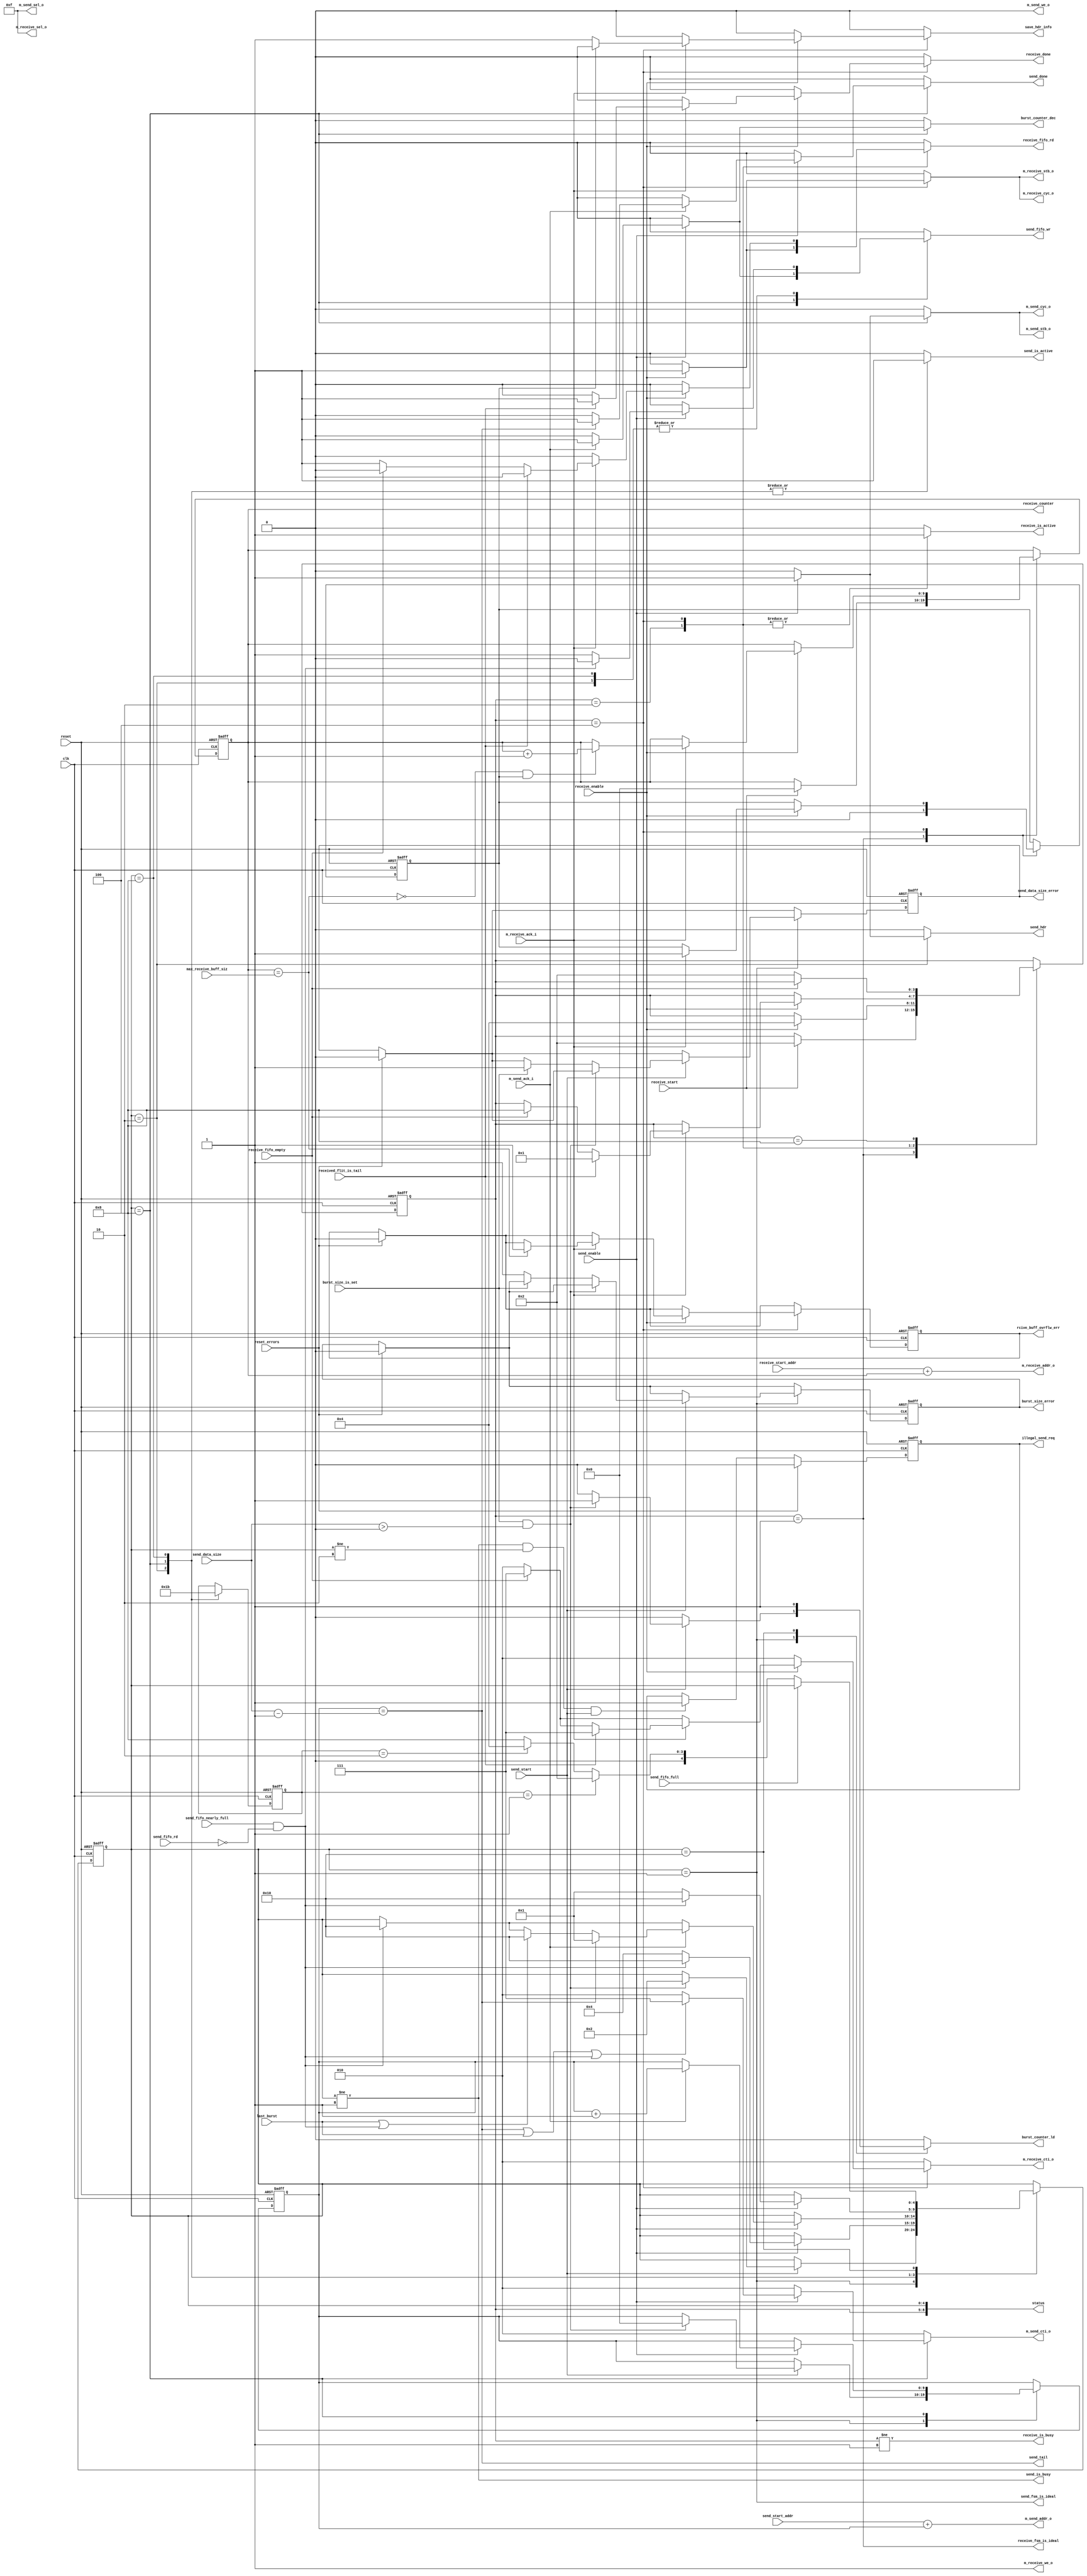

/**********************************************************************
**    
**	Copyright (C) 2014-2017  Alireza Monemi
**    
**	This file is part of ProNoC 
**
**	ProNoC ( stands for Prototype Network-on-chip)  is free software: 
**	you can redistribute it and/or modify it under the terms of the GNU
**	Lesser General Public License as published by the Free Software Foundation,
**	either version 2 of the License, or (at your option) any later version.
**
** 	ProNoC is distributed in the hope that it will be useful, but WITHOUT
** 	ANY WARRANTY; without even the implied warranty of MERCHANTABILITY
** 	or FITNESS FOR A PARTICULAR PURPOSE.  See the GNU Lesser General
** 	Public License for more details.
**
** 	You should have received a copy of the GNU Lesser General Public
** 	License along with ProNoC. If not, see <http:**www.gnu.org/licenses/>.
**
**
**	Description: 
**	NI send-/receive-DMA
**	
**
*******************************************************************/


// synthesis translate_off
`timescale 1ns / 1ps
// synthesis translate_on

 
 
module ni_vc_dma #(
   
    parameter MAX_TRANSACTION_WIDTH=10, // MAximum transaction size will be 2 power of MAX_DMA_TRANSACTION_WIDTH words 
    parameter CRC_EN= "NO",// "YES","NO" if CRC is enable then the CRC32 of all packet data is calculated and sent via tail flit. 
    
    //wishbone port parameters
    parameter Dw            =   32,
    parameter M_Aw          =   32,
    parameter TAGw          =   3,
    parameter SELw          =   4


)
(
     // 
    reset,
    clk,
    
    //ctrl signals
    send_enable,
    receive_enable,
    send_is_busy,
    receive_is_busy,
    send_is_active,
    receive_is_active,
    last_burst,
    send_hdr,
    send_tail,
    status,
    save_hdr_info,
    send_done,
    receive_done,    
    
  
    send_fsm_is_ideal,
    receive_fsm_is_ideal,
    received_flit_is_tail,
    send_start_addr, 
    receive_start_addr,
    
    send_data_size,
    max_receive_buff_siz,
    send_start, 
    receive_start,
    receive_counter,
    
    
    //fifo signals
        
    send_fifo_wr, 
    send_fifo_full,
    send_fifo_nearly_full,
    send_fifo_rd,    
    receive_fifo_rd,  
    receive_fifo_empty,
    
    //busrdt counter control signals
    burst_counter_ld,
    burst_counter_dec,
    burst_size_is_set,
    
    //errors
    reset_errors,
    burst_size_error,
    send_data_size_error,
    rcive_buff_ovrflw_err, 
    illegal_send_req,
   
    //wishbone master rd interface signals
    m_send_sel_o,
    m_send_addr_o,
    m_send_cti_o,
    m_send_stb_o,
    m_send_cyc_o,
    m_send_we_o,
  //  m_send_dat_i,
    m_send_ack_i,    


     //wishbone master wr interface signals
     
    m_receive_sel_o,
   // m_receive_dat_o,
    m_receive_addr_o,
    m_receive_cti_o,
    m_receive_stb_o,
    m_receive_cyc_o,
    m_receive_we_o,
    m_receive_ack_i  
     
  
    

);


           
        
    //state machine registers/parameters
    localparam
        SEND_ST_NUM=5,
        RECEIVE_ST_NUM=4;
    localparam [SEND_ST_NUM-1 :   0]
        SEND_IDEAL = 1,
        SEND_HDR=2,
        SEND_BODY =4,
        SEND_CRC=8,
        SEND_WAIT=16;    
        
        
    localparam [RECEIVE_ST_NUM-1:0]
        RECEIVE_IDEAL = 1,
        RECEIVE_READ_FIFO=2,
        RECEIVE_ACTIVE =4,
        RECEIVE_RELEASE_WB=8;  
    
    localparam [2 : 0]
        CLASSIC = 3'b000,
        CONST_ADDR_BURST = 3'b010,
        INCREMENT_BURST = 3'b011,
        END_OF_BURST = 3'b111;
        
        
      //control Registers/ parameters 
    
   

    localparam STATUSw=SEND_ST_NUM+RECEIVE_ST_NUM;
   
    output  [STATUSw-1  :0] status;  


    input reset,clk,send_enable,receive_enable;
    output  send_is_busy, receive_is_busy;
    output reg burst_counter_ld,    burst_counter_dec;
    input burst_size_is_set;
    input last_burst;
    output reg  send_hdr;
    output reg  send_done,receive_done;    
    
    output send_tail;
    output reg send_is_active, receive_is_active;
    input received_flit_is_tail;
    output reg  [MAX_TRANSACTION_WIDTH-1    :   0] receive_counter;
    output reg save_hdr_info;
   
    output send_fsm_is_ideal,receive_fsm_is_ideal;
    input  [Dw-1   :   0] send_start_addr; 
    input  [Dw-1   :   0] receive_start_addr;
    
    input  [MAX_TRANSACTION_WIDTH-1    :   0] send_data_size;
    input  [MAX_TRANSACTION_WIDTH-1    :   0] max_receive_buff_siz;
    input  send_start, receive_start;
    
    //fifo
    output reg  send_fifo_wr, receive_fifo_rd;
    input       send_fifo_full, send_fifo_nearly_full,send_fifo_rd, receive_fifo_empty;
    
   //errors 
    input reset_errors;
    output reg burst_size_error;
    output reg send_data_size_error;
    output reg rcive_buff_ovrflw_err; 
    output reg illegal_send_req;
  
    
    //wishbone read master interface signals
    output  [SELw-1          :   0] m_send_sel_o;
    output  [M_Aw-1          :   0] m_send_addr_o;
    output reg [TAGw-1       :   0] m_send_cti_o;
    output                          m_send_stb_o;
    output   reg                    m_send_cyc_o;
    output                          m_send_we_o;
   // input   [Dw-1           :  0]   m_send_dat_i;
    input                           m_send_ack_i;    
     
     //wishbone write master interface signals
    output  [SELw-1          :   0] m_receive_sel_o;
  //  output  [Dw-1            :   0] m_receive_dat_o;
    output  [M_Aw-1          :   0] m_receive_addr_o;
    output  reg [TAGw-1      :   0] m_receive_cti_o;
    output                          m_receive_stb_o;
    output  reg                     m_receive_cyc_o;
    output                          m_receive_we_o;
    input                           m_receive_ack_i;   
    
    
    reg [MAX_TRANSACTION_WIDTH-1    :   0] send_counter, send_counter_next;
    reg [MAX_TRANSACTION_WIDTH-1    :   0] receive_counter_next;
  
    reg burst_size_error_next, send_data_size_error_next;
    reg rcive_buff_ovrflw_err_next,  illegal_send_req_next;
       
        
    
    wire last_data = (send_counter == send_data_size-1'b1);
   
    wire receive_overflow= (receive_counter == max_receive_buff_siz);    
    
    reg [SEND_ST_NUM-1    :0] send_ps,send_ns; // read  peresent state, read next sate 
    reg [RECEIVE_ST_NUM-1    :0] receive_ps,receive_ns; // read  peresent state, read next sate
    
    //reg receive_is_busy_next, send_is_busy_next;
   
   
    assign status= {receive_ps,send_ps};
   // assign s_dat_o={{(Dw-STATUSw){1'b0}}, status};
   
    reg  send_crc; 
    
    /* verilator lint_off WIDTH */ 
    assign send_tail =  ( CRC_EN == "NO") ?  last_data : send_crc; 
    /* verilator lint_on WIDTH */  
    
    
    assign send_fsm_is_ideal = (send_ps== SEND_IDEAL);
    assign receive_fsm_is_ideal = (receive_ps== RECEIVE_IDEAL);
    /* verilator lint_off WIDTH */ 
    assign m_send_addr_o =  send_start_addr  + send_counter;
    assign m_receive_addr_o =  receive_start_addr  + receive_counter;
     /* verilator lint_on WIDTH */  
    assign m_send_stb_o =  m_send_cyc_o;
    assign m_receive_stb_o =  m_receive_cyc_o;
    assign m_receive_we_o = 1'b1;
    assign m_send_we_o = 1'b0;
    assign m_receive_sel_o = 4'b1111;
    assign m_send_sel_o = 4'b1111;
    
 
    reg [1:0] active_st,active_st_next;
     //send state machine
    always @ (*) begin 
        // default values 
        send_ns = send_ps;
        send_counter_next=send_counter;
        burst_counter_ld=1'b0;
        burst_counter_dec=1'b0;
        m_send_cti_o =  CONST_ADDR_BURST;
        m_send_cyc_o=1'b0;
        send_fifo_wr=1'b0;
        send_done = 1'b0;
        send_is_active =1'b0;
        send_hdr = 1'b0;
        send_crc = 1'b0; 
        active_st_next = active_st;
        burst_size_error_next=burst_size_error;
        send_data_size_error_next=send_data_size_error;
        illegal_send_req_next = illegal_send_req;
        // the send req must be asserted only when the Ni_send_DMA(v) is in ideal status  
        if( (send_ps != SEND_IDEAL && send_ps != SEND_HDR) & send_start) illegal_send_req_next=1'b1; 
        
        if(reset_errors) begin 
            burst_size_error_next=1'b0;
            send_data_size_error_next=1'b0;
            illegal_send_req_next=1'b0;        
        end
        case(send_ps)
            SEND_IDEAL: begin 
                if(send_start) begin 
                    if (burst_size_is_set && (send_data_size>0)) begin 
                        send_counter_next= {MAX_TRANSACTION_WIDTH{1'b0}};
                        burst_counter_ld=1'b1;
                        send_ns = SEND_HDR;
                    end else begin // set error reg
                        if(!burst_size_is_set) burst_size_error_next=1'b1;
                        else send_data_size_error_next=1'b1; 
                    end
                end
            end // SEND_IDEAL
            SEND_HDR: begin 
                    active_st_next =2'd1;
                    send_is_active =1'b1; // this signal sends request to the send_arbiter, the granted signal is send_enable
                    if(send_enable) begin 
                        send_hdr = 1'b1;                                             
                        if(send_fifo_nearly_full & !send_fifo_rd)  begin
                            send_ns =  SEND_WAIT; 
                        end else begin 
                            send_fifo_wr=1'b1;
                            send_ns =  SEND_BODY;                                                     
                        end
                    end
                         
            end // SEND_ACTIVE
            
            
            
               
            SEND_BODY: begin 
                    active_st_next =2'd2;
                    send_is_active =1'b1; // this signal sends request to the send_arbiter, the granted signal is send_enable
                    if(send_enable) begin 
                        m_send_cyc_o=1'b1; 
                        
                        if(last_data |  last_burst | (send_fifo_nearly_full & !send_fifo_rd))  m_send_cti_o= END_OF_BURST;  
                        if(send_fifo_nearly_full & !send_fifo_rd)  send_ns =  SEND_WAIT;
                               
                                
                        if (m_send_ack_i) begin 
                                send_fifo_wr=1'b1;
                                send_counter_next=send_counter +1'b1;
                                burst_counter_dec=1'b1;
                                                                    
                                if(last_data) begin 
                                    send_ns = ( CRC_EN == "NO") ? SEND_IDEAL : SEND_CRC;
                                  send_done = 1'b1;
                                  
                                end else if (last_burst | (send_fifo_nearly_full & !send_fifo_rd)) begin 
                                  send_ns = SEND_WAIT;
                                 
                                end 
                        end 
                    end
                         
            end // SEND_BODY
            
          SEND_CRC: begin 
                    active_st_next =2'd3;
                    send_is_active =1'b1; // this signal sends request to the send_arbiter, the granted signal is send_enable
                    if(send_enable) begin 
                        send_crc = 1'b1;                                             
                        if(send_fifo_nearly_full & !send_fifo_rd)  begin
                                send_ns =  SEND_WAIT;  
                        end else begin 
                                send_fifo_wr=1'b1;
                                send_ns =  SEND_IDEAL;
                                                      
                        end
                    end
                         
            end // SEND_ACTIVE
            
            
            
            
            
             SEND_WAIT: begin 
                    //burst_counter_next = burst_size;
                     
                burst_counter_ld=1'b1;
                if(!send_fifo_full) begin 
                        send_ns = ( active_st ==2'd1) ? SEND_HDR :
                                  ( active_st ==2'd2) ? SEND_BODY : SEND_CRC;
                end
                
            end //SEND_RELEASE_WB
            default: begin
                    
                    
            end
       endcase      
    end//alays
    
    
 
            
           
       
    
 
    reg hdr_flit_is_received,hdr_flit_is_received_next;
 
 //receive state machine    
    always @ (*) begin 
        // default values 
        receive_ns = receive_ps;
        receive_counter_next=receive_counter;
        m_receive_cyc_o=1'b0;
        m_receive_cti_o= CONST_ADDR_BURST;
        receive_fifo_rd=1'b0;
        receive_done=1'b0;
        receive_is_active =1'b0;
        hdr_flit_is_received_next=hdr_flit_is_received;
        save_hdr_info=1'b0;
        rcive_buff_ovrflw_err_next =  rcive_buff_ovrflw_err;
        if(reset_errors) rcive_buff_ovrflw_err_next=1'b0;
            case(receive_ps)
                RECEIVE_IDEAL: begin 
                    
                    hdr_flit_is_received_next =1'b0;                
                    if(receive_start )begin 
                        receive_counter_next = {MAX_TRANSACTION_WIDTH{1'b0}};  
                        receive_ns = RECEIVE_READ_FIFO;                         
                    end 
                    
                end // RECEIVE_IDEAL
                RECEIVE_READ_FIFO: begin 
                     receive_is_active =1'b1; // this signal sends request to the receive_arbiter, the granted signal is receive_enable
                     if(receive_enable) begin 
                          receive_ns = RECEIVE_ACTIVE; 
                          receive_fifo_rd=1'b1;
                    end
                end
                
                
                RECEIVE_ACTIVE: begin 
                     receive_is_active =1'b1; // this signal sends request to the receive_arbiter, the granted signal is receive_enable
                     if(receive_enable) begin                      
                     /* verilator lint_off WIDTH */ 
  //                          if(CRC_EN == "YES")begin 
                    /* verilator lint_on WIDTH */                             
  //                              if(received_flit_is_tail)begin 
  //                                  m_receive_cyc_o = 1'b0;// make sure do not save crc on data memory
  //                                  receive_ns = RECEIVE_IDEAL;
  //                                  m_receive_cti_o= END_OF_BURST;
  //                                  receive_done=1'b1;  
  //                              end else begin 
  //                                  m_receive_cyc_o=1'b1; 
   //                             end
  //                          end else  
                            m_receive_cyc_o=1'b1; //CRC_EN == "NO"
                            if (receive_fifo_empty) begin 
                                m_receive_cti_o= END_OF_BURST;                             
                            end
                            if (m_receive_ack_i) begin 
                                hdr_flit_is_received_next=1'b1;
                                if(! hdr_flit_is_received) save_hdr_info=1'b1;
                                if(! receive_overflow && hdr_flit_is_received) receive_counter_next=receive_counter +1'b1; //Donot save hedaer flit in memory
                                if( receive_overflow)  rcive_buff_ovrflw_err_next = 1'b1;//set error  
                                if (received_flit_is_tail) begin 
                                    receive_ns = RECEIVE_IDEAL;
                                    m_receive_cti_o= END_OF_BURST; 
                                    receive_done=1'b1; 
                                end
                                else if (receive_fifo_empty) begin 
                                    receive_ns = RECEIVE_RELEASE_WB; 
                                   
                                end else begin 
                                    receive_fifo_rd=1'b1;
                                end                 
                            end 
                     end               
                end // RECEIVE_ACTIVE
               RECEIVE_RELEASE_WB: begin 
                    if (! receive_fifo_empty) begin 
                                    receive_ns = RECEIVE_READ_FIFO;                                    
                    end                
                end //RELEASE_WB                
                default: begin
                    
                    
                    end
            endcase
       
    end//alays
    
 /*         
    always @(*)begin 
        send_is_busy_next= send_is_busy;
        if(send_start) send_is_busy_next =1'b1;
        else if(send_done) send_is_busy_next=1'b0;
    end
 */   
    assign send_is_busy = (send_ps != SEND_IDEAL);
    assign receive_is_busy =  (receive_ps != RECEIVE_IDEAL);
    
   /*
     always @(*)begin 
        receive_is_busy_next= receive_is_busy;
        if(receive_done) receive_is_busy_next =1'b0;
        else if(receive_start) receive_is_busy_next=1'b1;
    end
   */
   
    
    
    //registers assigmnet
    
    always @ (posedge clk or posedge reset)begin 
        if(reset) begin 
            send_ps <= SEND_IDEAL;
            receive_ps <= RECEIVE_IDEAL;
            send_counter <=  {MAX_TRANSACTION_WIDTH{1'b0}};
            receive_counter <=   {MAX_TRANSACTION_WIDTH{1'b0}}; 
         //   send_is_busy<= 1'b0;
         //   receive_is_busy<= 1'b0;
            hdr_flit_is_received<=1'b0;
            active_st <= 2'd0;
            burst_size_error<=1'b0;
            send_data_size_error<=1'b0;
            rcive_buff_ovrflw_err <=1'b0;
            illegal_send_req <=1'b0;
           
          
        end else begin 
            send_ps <= send_ns;
            receive_ps <= receive_ns;
            send_counter <=  send_counter_next;
            receive_counter <=  receive_counter_next; 
          //  send_is_busy <=send_is_busy_next;
          //  receive_is_busy <=receive_is_busy_next;
            hdr_flit_is_received<=hdr_flit_is_received_next;
            active_st <= active_st_next;
            burst_size_error<=burst_size_error_next;
            send_data_size_error<=send_data_size_error_next;
            rcive_buff_ovrflw_err <=  rcive_buff_ovrflw_err_next;
            illegal_send_req <=  illegal_send_req_next;
           
        end 
    end 
    
    
    
/*
    dma_fifo  #(
         .Dw(Dw),//data_width
         .B(B) // buffer num
    ) 
    the_fifo
    (
         .din(m_send_dat_i),   
         .receive_en(send_fifo_wr), 
         .send_en(fifo_rd), 
         .dout(m_receive_dat_o),  
         .full(send_fifo_full),
         .nearly_full(send_fifo_nearly_full),
         .empty(receive_fifo_empty),
         .reset(reset),
         .clk(clk)
    );
*/
 





endmodule